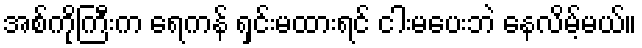
အစ်ကိုကြီးက ရေကန် ရှင်းမထားရင် ငါးမပေးဘဲ နေလိမ့်မယ်။